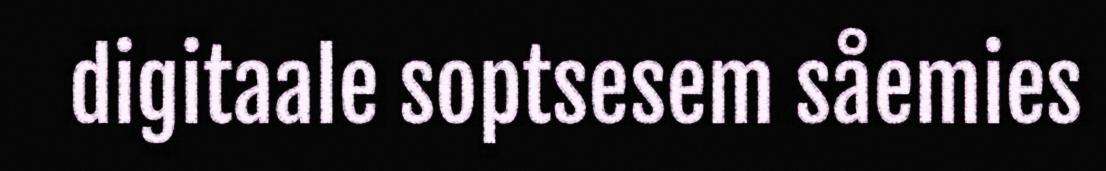
digitaale soptsesem såemies